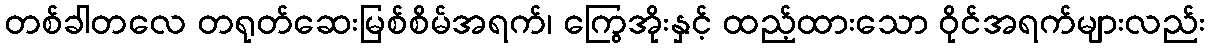
တစ်ခါတလေ တရုတ်ဆေးမြစ်စိမ်အရက်၊ ကြွေအိုးနှင့် ထည့်ထားသော ဝိုင်အရက်များလည်း